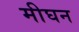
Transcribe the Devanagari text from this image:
मीघन